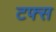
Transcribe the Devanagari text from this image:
टफ्स